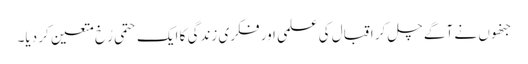
جنھوں نے آگے چل کر اقبال کی علمی اور فکری زندگی کا ایک حتمی رُخ متعین کر دیا۔